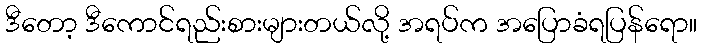
ဒီတော့ ဒီကောင်ရည်းစားများတယ်လို့ အရပ်က အပြောခံရပြန်ရော။